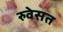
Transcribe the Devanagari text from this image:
रुवेसत